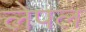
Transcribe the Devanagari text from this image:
लेपल